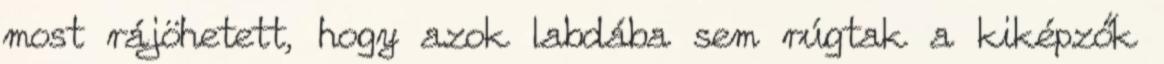
most rájöhetett, hogy azok labdába sem rúgtak a kiképzők